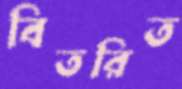
বিতরিত